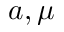
a , \mu